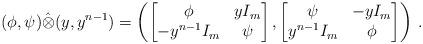
LaTeX: \begin{align*}(\phi, \psi) \hat{\otimes} (y,y^{n-1}) = \left( \begin{bmatrix} \phi & yI_m \\ -y^{n-1}I_m & \psi \end{bmatrix}, \begin{bmatrix} \psi & -yI_m \\ y^{n-1}I_m & \phi \end{bmatrix} \right)\,.\end{align*}